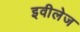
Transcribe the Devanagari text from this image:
इवीलेज